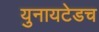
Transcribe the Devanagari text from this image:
युनायटेडच